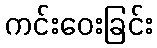
ကင်းဝေးခြင်း